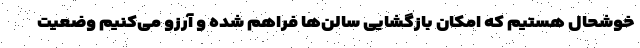
خوشحال هستیم که امکان بازگشایی سالن‌ها فراهم شده و آرزو می‌کنیم وضعیت